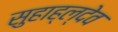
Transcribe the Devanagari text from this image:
सुहाह्ल्देव